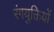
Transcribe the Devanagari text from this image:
रंगयुक्तियों